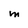
Character: M